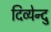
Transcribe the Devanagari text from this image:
दिव्येन्दु